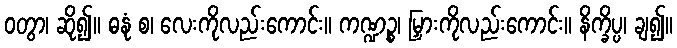
ဝတွာ၊ ဆို၍။ ဓနုံ စ၊ လေးကိုလည်းကောင်း။ ကဏ္ဍဉ္စ၊ မြှားကိုလည်းကောင်း။ နိက္ခိပ္ပ၊ ချ၍။